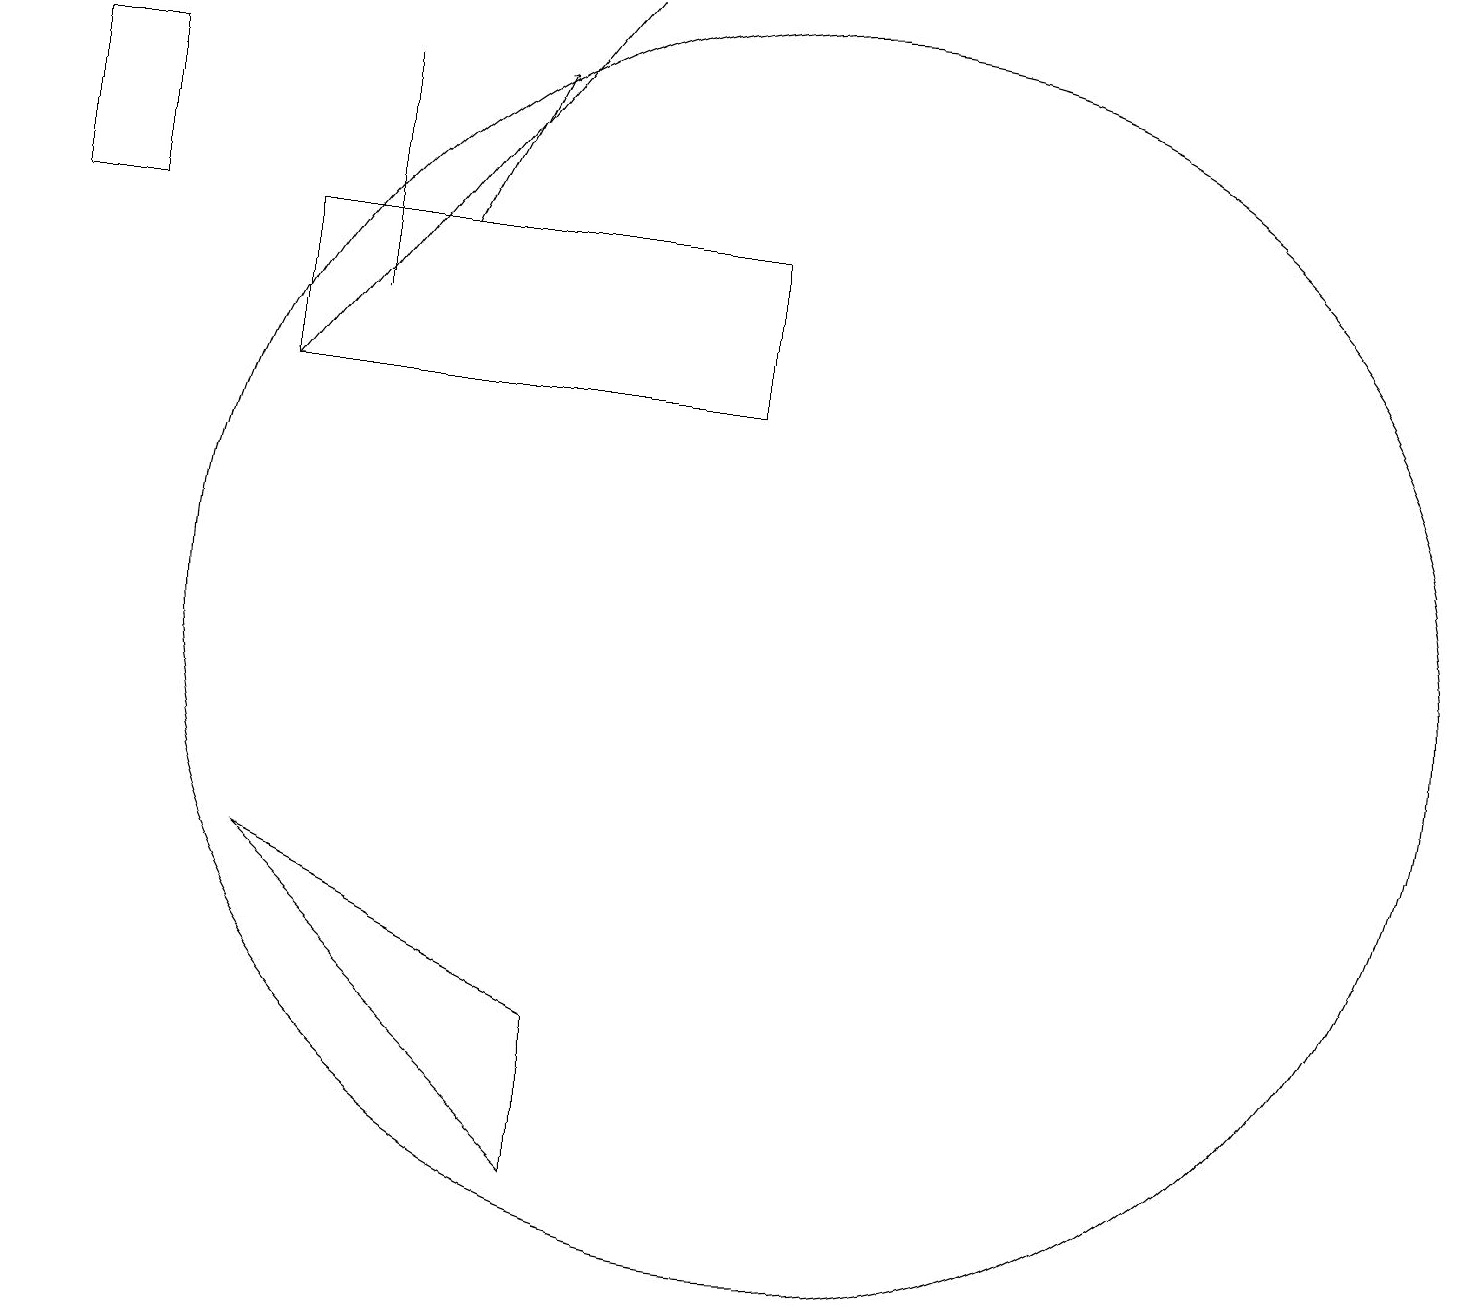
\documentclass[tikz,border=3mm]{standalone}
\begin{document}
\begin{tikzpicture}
\draw (3,7) -- (7,3) -- (7,5) -- cycle;
\draw (3,13) rectangle (9,15);
\draw (4,17) rectangle (4,14);
\draw[->] (7,18) -- (3,13);
\draw (10,10) circle (8);
\draw[->] (5,15) -- (6,17);
\draw (0,15) rectangle (1,17);
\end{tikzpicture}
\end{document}